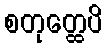
စတုတ္ထေပိ